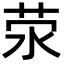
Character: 荥